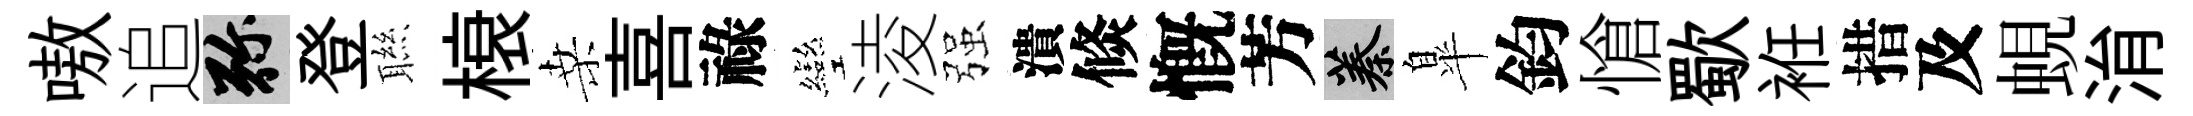
嗷追弥登聮榱桑喜祿彎淩强潰倐慨芳蓁臯鈞愴歜袵措及蜆㳙